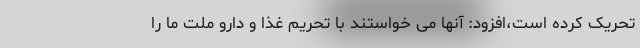
تحریک کرده است،افزود: آنها می خواستند با تحریم غذا و دارو ملت ما را